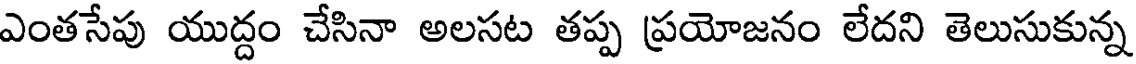
ఎంతసేపు యుద్దం చేసినా అలసట తప్ప ప్రయోజనం లేదని తెలుసుకున్న